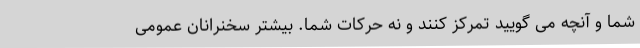
شما و آنچه می گویید تمرکز کنند و نه حرکات شما. بیشتر سخنرانان عمومی